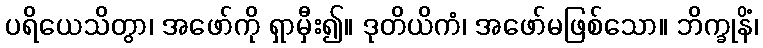
ပရိယေသိတွာ၊ အဖော်ကို ရှာမှီး၍။ ဒုတိယိကံ၊ အဖော်မဖြစ်သော။ ဘိက္ခုနိံ၊